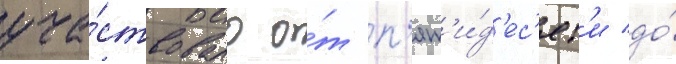
уча́ствовало о́т п'ят'и́д'ес'ят'и до́